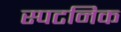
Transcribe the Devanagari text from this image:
स्पटनिक